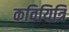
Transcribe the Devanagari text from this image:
कवियित्रि